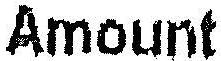
AMOUNT